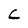
Character: L